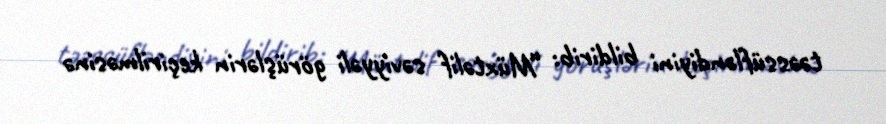
təəssüfləndiyini bildirib: “Müxtəlif səviyyəli görüşlərin keçirilməsinə